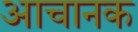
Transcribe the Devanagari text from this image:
आचानक